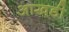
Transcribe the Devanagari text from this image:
आखडी